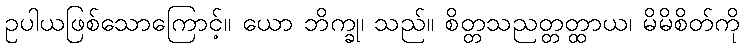
ဥပါယဖြစ်သောကြောင့်။ ယော ဘိက္ခု၊ သည်။ စိတ္တသညတ္တတ္ထာယ၊ မိမိစိတ်ကို